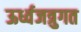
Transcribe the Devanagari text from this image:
ऊर्ध्वजत्रुगत